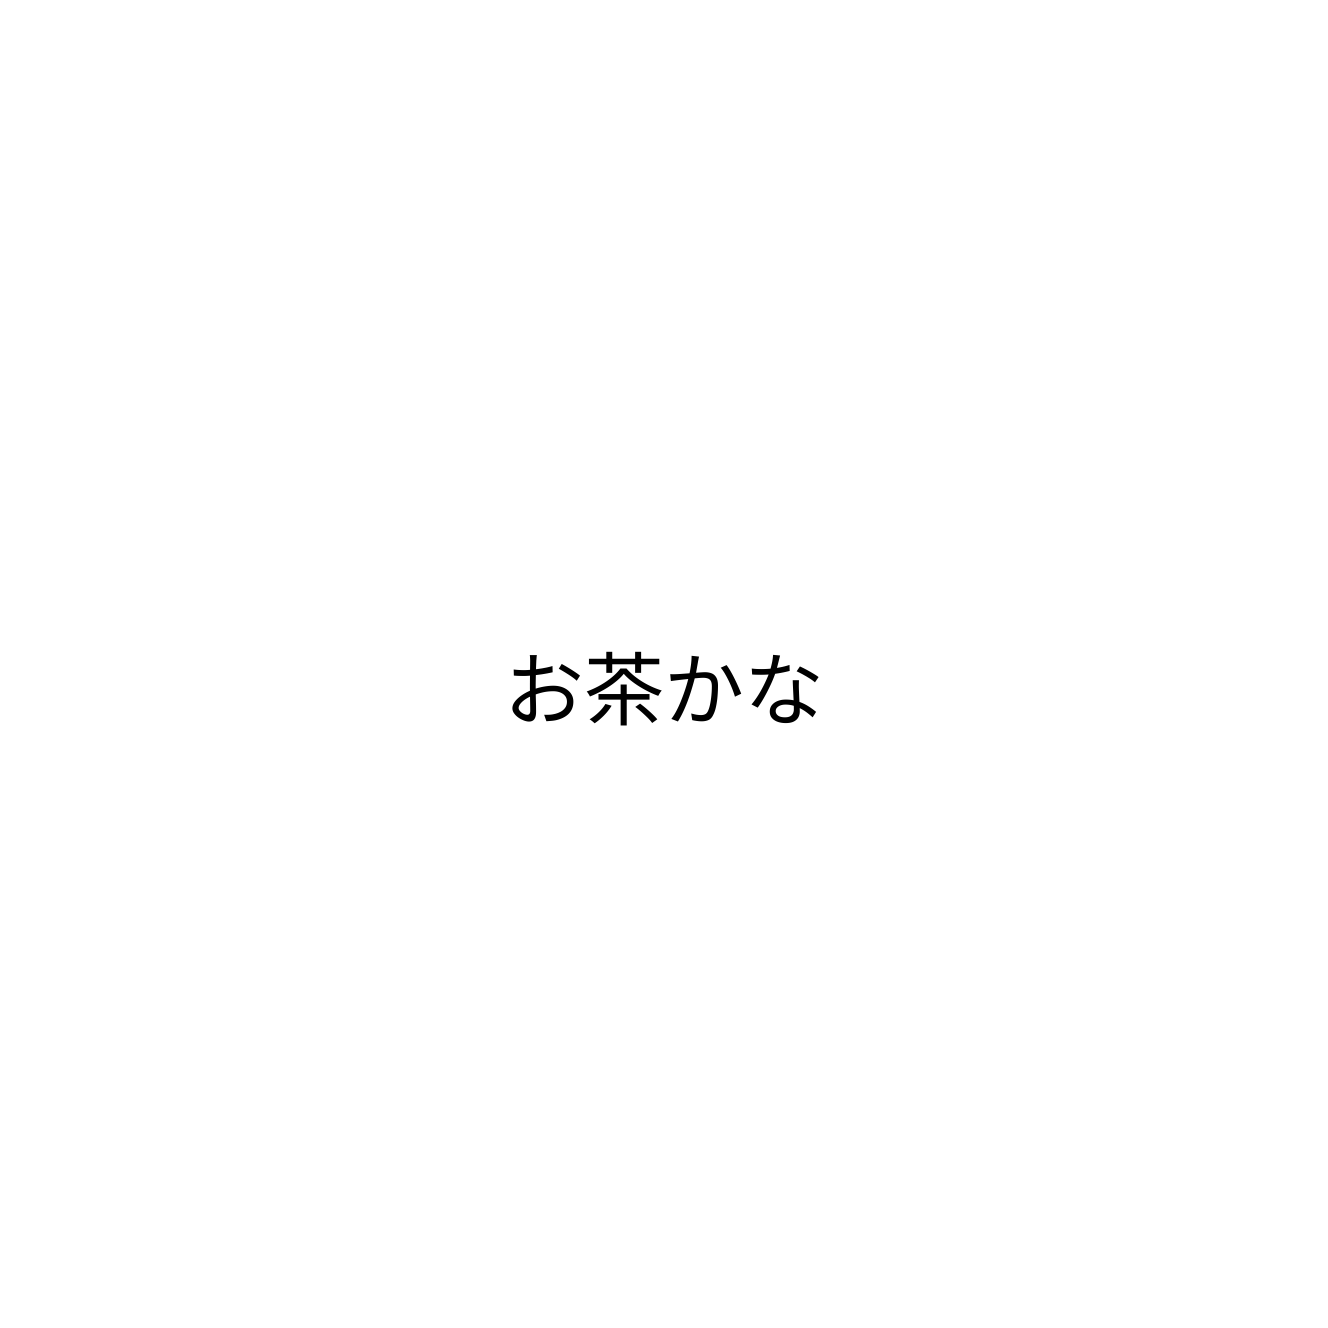
お茶かな